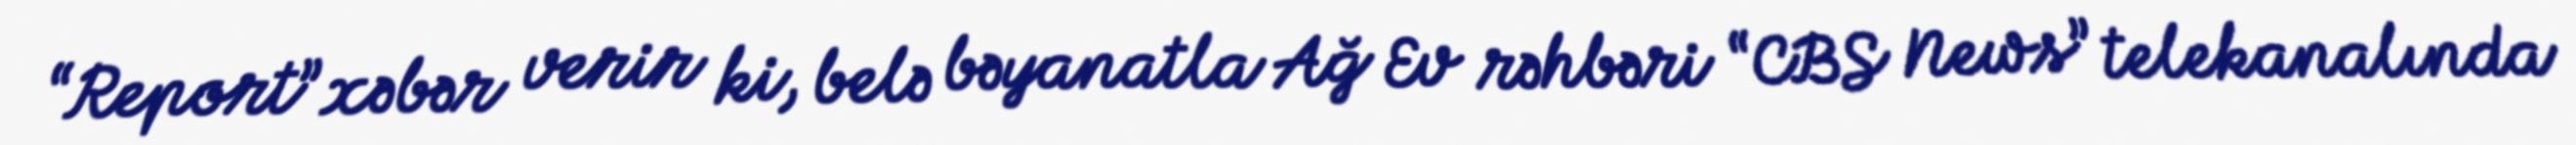
“Report” xəbər verir ki, belə bəyanatla Ağ Ev rəhbəri “CBS News” telekanalında